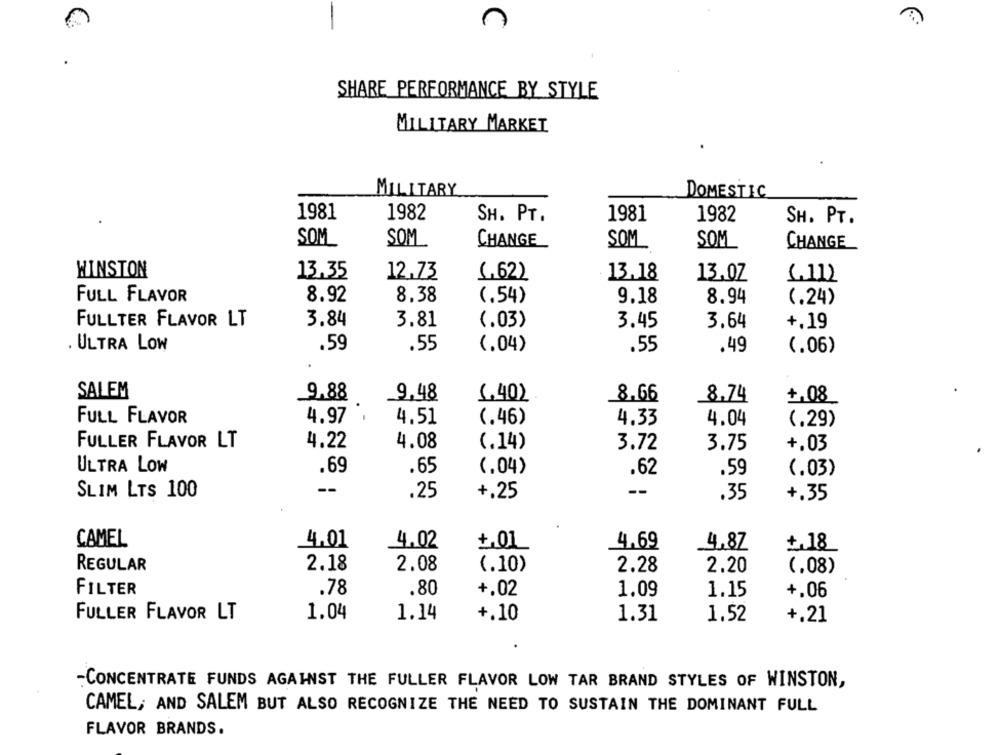
SHARE PERFORMANCE BY STYLE
MILITARY MARKET
MILITARY
DOMESTIC
1981
1982
SH. PT.
1981
1982
SH. PT.
SOM
SOM
CHANGE
SOM
SOM
CHANGE
WINSTON
13.35
12.73
(,62)
13.18
13.07
(11)
FULL FLAVOR
8.92
8.38
(.54)
9.18
8.94
(.24)
FULLTER FLAVOR LT
3.84
3.81
(.03)
3.45
3.64
+.19
. ULTRA LOW
.59
.55
(.04)
.55
.49
(.06)
SALEM
9.88
9.48
(.40)
8.66
8.74
+,08
FULL FLAVOR
4.97 ,
4.51
(.46)
4.33
4.04
(.29)
FULLER FLAVOR LT
4.22
4.08
(.14)
3.72
3.75
+.03
ULTRA LOW
.69
.65
(.04)
.62
.59
(.03)
--
--
SLIM LTS 100
.25
+.25
.35
+.35
CAMEL
4.01
4.02
4.69
+,01
4,87
+,18
REGULAR
2.18
2.08
(.10)
2.28
2.20
(.08)
FILTER
.78
.80
+.02
1.09
1.15
+.06
FULLER FLAVOR LT
1.04
1.14
+.10
1.31
1.52
+.21
CONCENTRATE FUNDS AGAINST THE FULLER FLAVOR LOW TAR BRAND STYLES OF WINSTON,
CAMEL; AND SALEM BUT ALSO RECOGNIZE THE NEED TO SUSTAIN THE DOMINANT FULL
FLAVOR BRANDS.